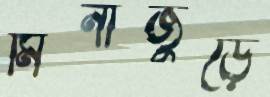
মিনাজুড়ে